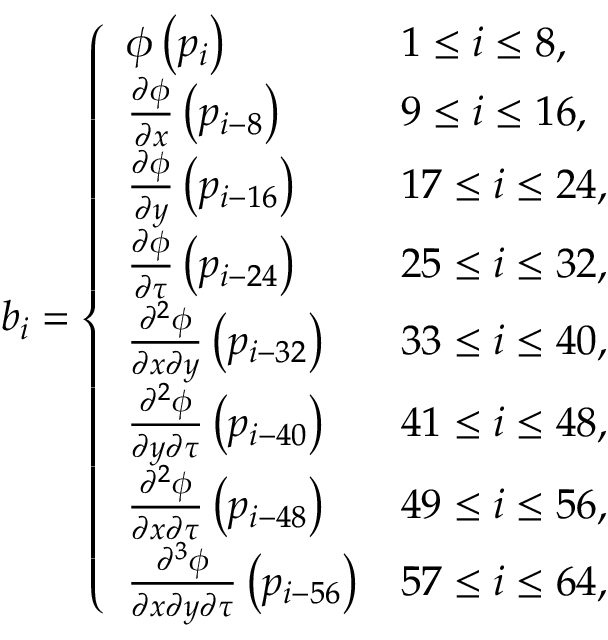
b _ { i } = \left\{ \begin{array} { l l } { \phi \left( p _ { i } \right) } & { 1 \leq i \leq 8 , } \\ { \frac { \partial \phi } { \partial x } \left( p _ { i - 8 } \right) } & { 9 \leq i \leq 1 6 , } \\ { \frac { \partial \phi } { \partial y } \left( p _ { i - 1 6 } \right) } & { 1 7 \leq i \leq 2 4 , } \\ { \frac { \partial \phi } { \partial \tau } \left( p _ { i - 2 4 } \right) } & { 2 5 \leq i \leq 3 2 , } \\ { \frac { \partial ^ { 2 } \phi } { \partial x \partial y } \left( p _ { i - 3 2 } \right) } & { 3 3 \leq i \leq 4 0 , } \\ { \frac { \partial ^ { 2 } \phi } { \partial y \partial \tau } \left( p _ { i - 4 0 } \right) } & { 4 1 \leq i \leq 4 8 , } \\ { \frac { \partial ^ { 2 } \phi } { \partial x \partial \tau } \left( p _ { i - 4 8 } \right) } & { 4 9 \leq i \leq 5 6 , } \\ { \frac { \partial ^ { 3 } \phi } { \partial x \partial y \partial \tau } \left( p _ { i - 5 6 } \right) } & { 5 7 \leq i \leq 6 4 , } \end{array} \right.